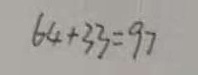
6 4 + 3 3 = 9 7